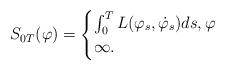
LaTeX: \begin{align*}S_{0T}(\varphi)=\begin{cases}\int_0^TL(\varphi_s,\dot{\varphi}_s)ds, \varphi \\ \infty . \end{cases}\end{align*}